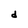
Character: d